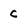
Character: c